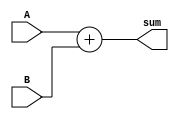
module adder(A, B, sum);
input [15:0] A, B;

output [15:0]sum;

assign sum = A+B;

endmodule